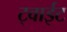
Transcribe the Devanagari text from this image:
ट्वाईट